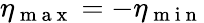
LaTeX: \eta_{\mathrm{~m~a~x~}}=-\eta_{\mathrm{~m~i~n~}}